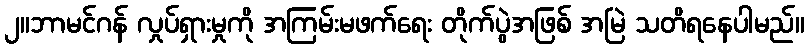
၂။ဘာမင်ဂန် လှုပ်ရှားမှုကို အကြမ်းမဖက်ရေး တိုက်ပွဲအဖြစ် အမြဲ သတိရနေပါမည်။